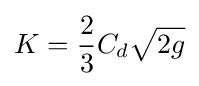
K={\frac {2}{3}}C_{d}{\sqrt {2g}}